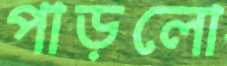
পাড়লো